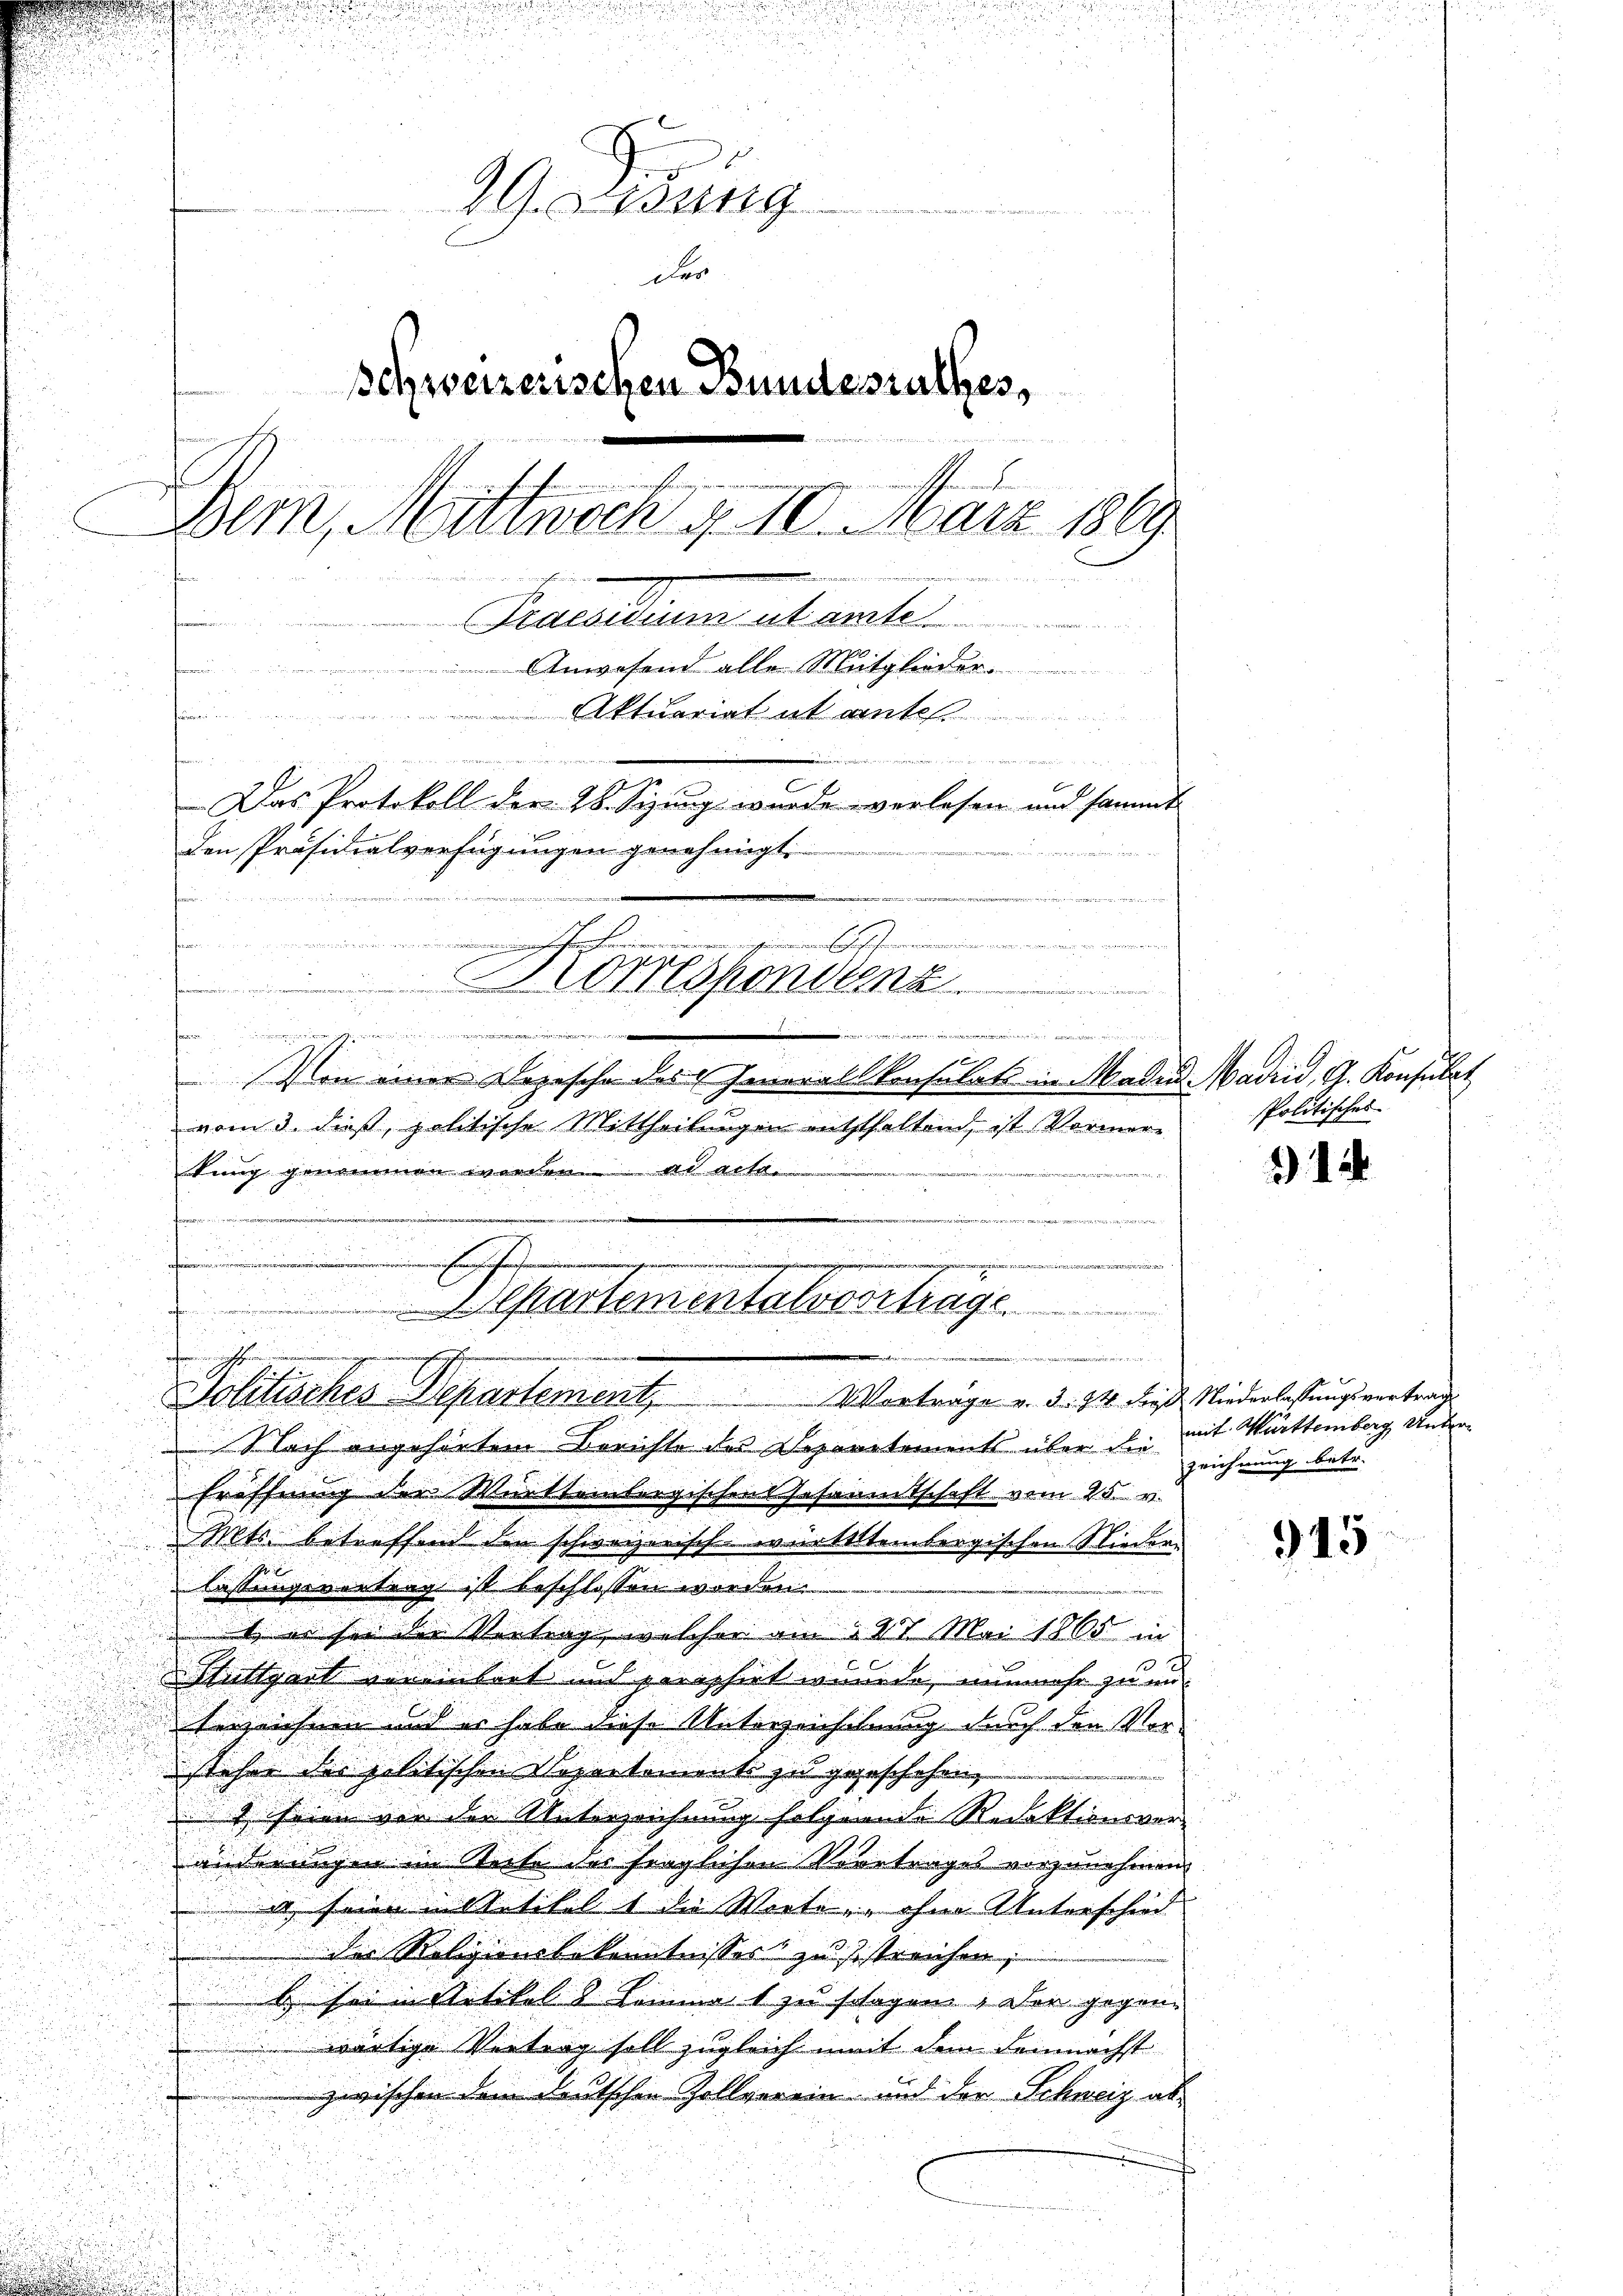
99. Lesung
der
schweizerischen Bundesrathes,
.
Bern, Mittwoch d. 10. März 1869
wingen w
desidium ut amte
 Anwesend alle Mitglieder
Aktuariat an ant

t

Das Protokoll der 28. Sizung wurde verlesen und sammt
den Präsidialverfügungen genehmigt.
72
.
Korrespondenz
x

 einen den an eingerung und in werden

.
e
Politisches Departement.  ..  ..  ..  Vortrage v. d. 14. die Niederlassungsvertrag

Von einer Depesche des Generalkonsulats in Madin Madrid, G. Konsulat
vom 3. dieß, politische Mittheilungen entsthalten, ist Vormere
tung genommen worden. ad acte
e
.

Cartementalvortrage ..............

Nach angehörtem Berichte des Departements über die
Eröffnung der Württembergischen Gesammtschaft vom 25. v.

Mts. betreffend den schweizerisch-württembergischen Nieder

lassungerertrag ist beschlossen worden.
42177
 er sei der Vortrag, welcher am 27 Mai 1865 in
Stuttgart vereinbart und paraphirt wurde, nunmehr zu un
Verzeichnen und er habe diese Unterzeichnung durch den Ver-
steher der politischen Departements zu geschehen
1 seien vor der Unterzeichnung folgende Redaktionsveränderungen im Steite des fraglichen Vertrages vorzunehmen,
u
i seien in Oetikel 1 die Werte, ohne Unterschied
die Religionsbekenntnisses zu sistreichen;
b sei in Artikel 2 Limma 1 zu schagen. Der gegend

wärtige Vertrag soll zugleich mit dem demnächst
zwischen dem deutschen Zollverein und der Schweiz ab¬
2
.

Politisches

1

mit Württemberg, Unterzeichnung betr.

315